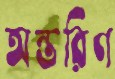
অন্তরিণ